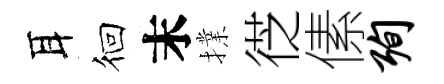
耳徊末擈徔傃殉